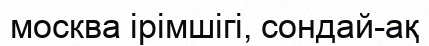
москва ірімшігі, сондай-ақ